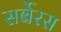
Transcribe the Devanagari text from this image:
सर्बेरस